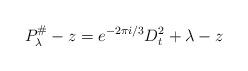
LaTeX: \begin{align*}P_\lambda^\#-z=e^{-2\pi i/3}D_t^2+\lambda-z\end{align*}